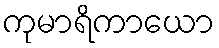
ကုမာရိကာယော